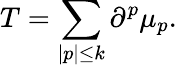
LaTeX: T=\sum_{|p|\leq k}\partial^{p}\mu_{p}.